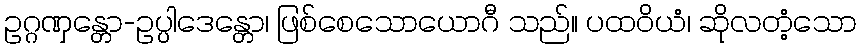
ဥဂ္ဂဏှန္တော-ဥပ္ပါဒေန္တော၊ ဖြစ်စေသောယောဂီ သည်။ ပထဝိယံ၊ ဆိုလတံ့သော